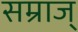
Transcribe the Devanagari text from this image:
सम्राज्